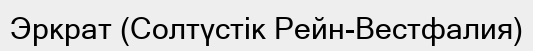
Эркрат (Солтүстік Рейн-Вестфалия)